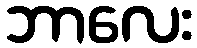
ဘာလေး